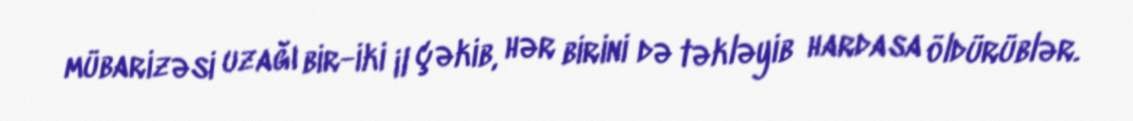
mübarizəsi uzağı bir-iki il çəkib, hər birini də təkləyib hardasa öldürüblər.